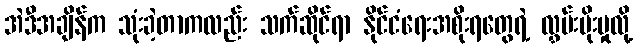
အဲဒီအချိန်က သုံးခဲ့တာကလည်း သက်ဆိုင်ရာ နိုင်ငံရေးအစိုးရတွေရဲ့ လွှမ်းမိုးမှုလို့